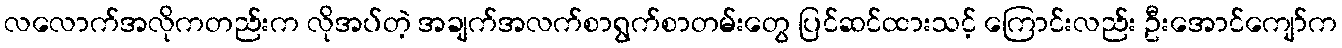
လလောက်အလိုကတည်းက လိုအပ်တဲ့ အချက်အလက်စာရွက်စာတမ်းတွေ ပြင်ဆင်ထားသင့် ကြောင်းလည်း ဦးအောင်ကျော်က